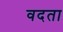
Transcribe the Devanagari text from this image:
वदता